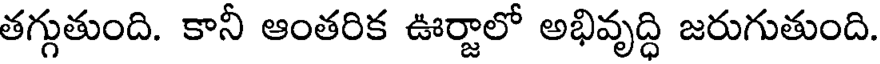
తగ్గుతుంది. కానీ ఆంతరిక ఊర్జాలో అభివృద్ధి జరుగుతుంది.